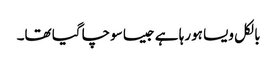
بالکل ویسا ہورہا ہے جیسا سوچا گیا تھا۔